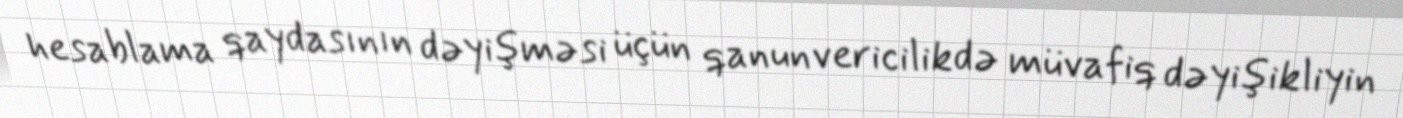
hesablama qaydasının dəyişməsi üçün qanunvericilikdə müvafiq dəyişikliyin